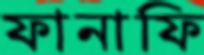
ফানাফি